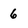
Character: 6